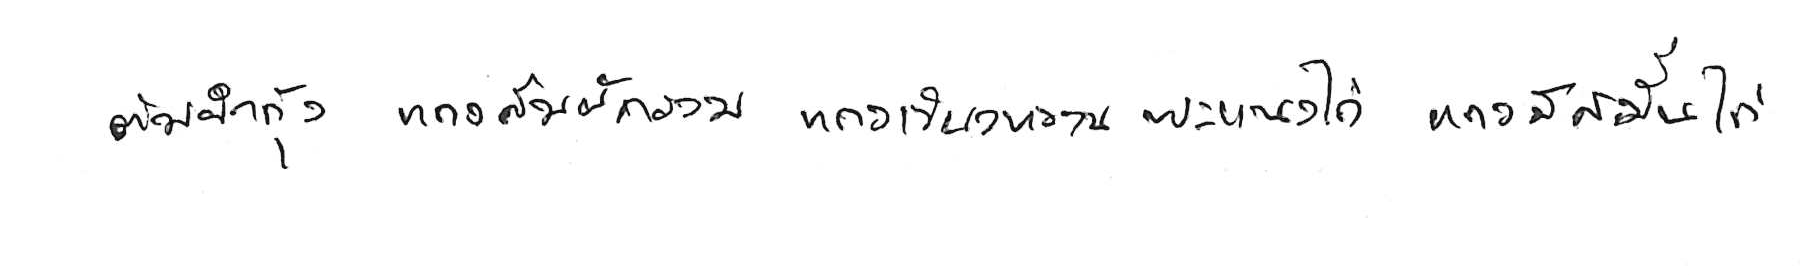
ต้มยำกุ้ง แกงส้มผักรวม แกงเขียวหวาน พะแนงไก่ แกงมัสมั่นไก่